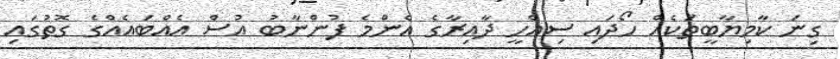
ގިނަ ކާމިޔާބީތަކެއް ހޯދައި ސިއްހީ ދާއިރާގެ އެންމެ ފުންނާބު އުސް އެއްބައެއްގެ ގޮތުގައި